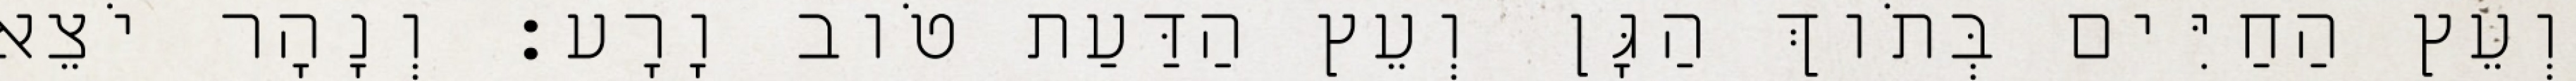
וְעֵץ הַחַיִּים בְּתֹוךְ הַגָּן וְעֵץ הַדַּעַת טֹוב וָרָע׃ וְנָהָר יֹצֵא